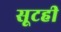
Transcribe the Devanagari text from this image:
सूटही